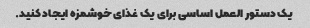
یک دستور العمل اساسی برای یک غذای خوشمزه ایجاد کنید.